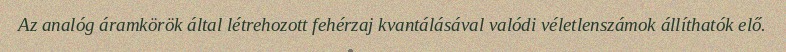
Az analóg áramkörök által létrehozott fehérzaj kvantálásával valódi véletlenszámok állíthatók elő.